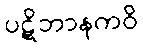
ပဋိဘာနကဝိ